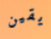
يقين